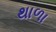
થાળા